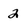
Character: 2